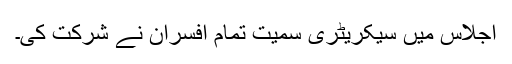
اجلاس میں سیکریٹری سمیت تمام افسران نے شرکت کی۔